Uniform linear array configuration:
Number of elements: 24
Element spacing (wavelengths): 0.75
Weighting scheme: kaiser
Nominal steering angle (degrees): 45
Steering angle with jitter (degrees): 43.71
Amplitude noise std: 0.05
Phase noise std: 0.05

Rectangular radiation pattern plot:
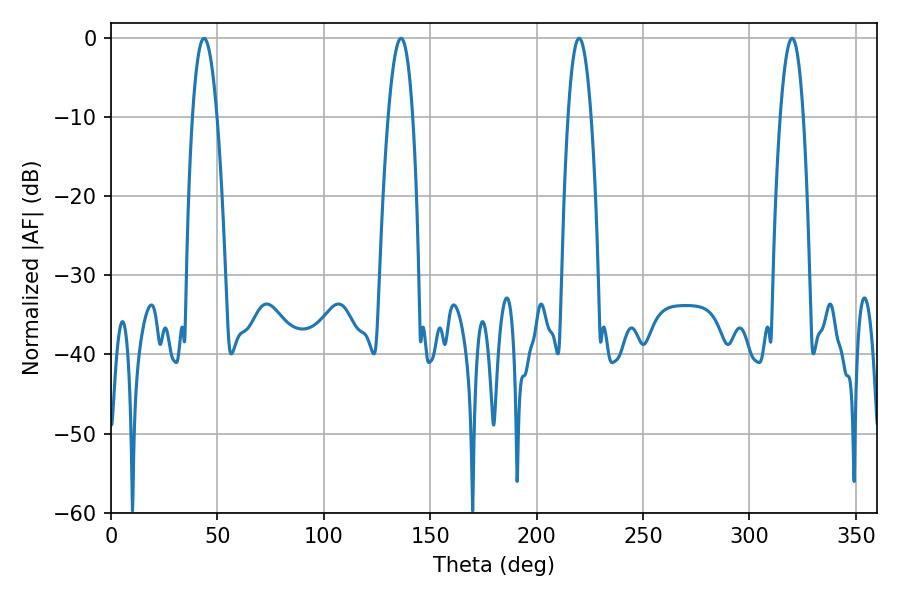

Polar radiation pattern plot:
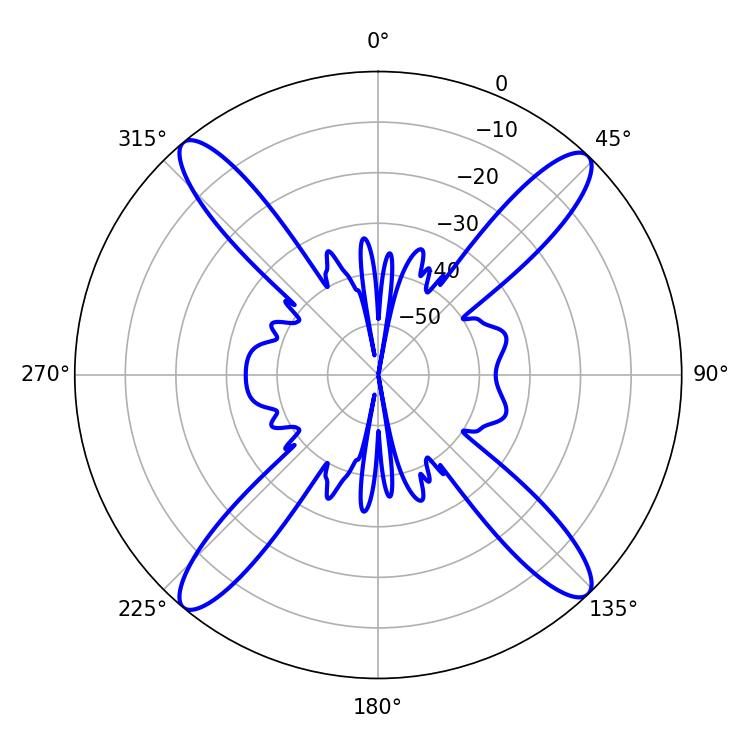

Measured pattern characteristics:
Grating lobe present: TRUE
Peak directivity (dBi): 19.808
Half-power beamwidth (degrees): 5.94
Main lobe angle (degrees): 219.96